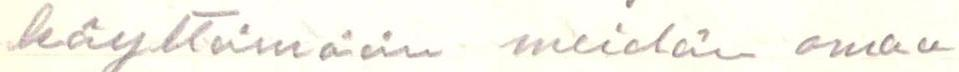
käyttämään meidän omaa